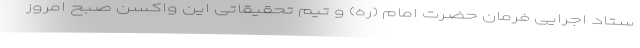
ستاد اجرایی فرمان حضرت امام (ره) و تیم تحقیقاتی این واکسن صبح امروز